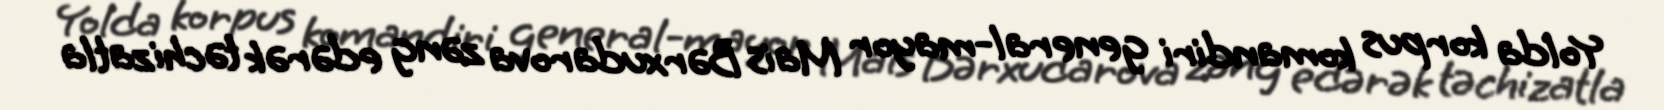
Yolda korpus komandiri general-mayor Mais Bərxudarova zəng edərək təchizatla